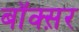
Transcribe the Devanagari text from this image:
बॉक्स़र